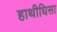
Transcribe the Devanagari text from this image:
हाथीघिसा